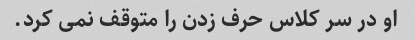
او در سر کلاس حرف زدن را متوقف نمی کرد.